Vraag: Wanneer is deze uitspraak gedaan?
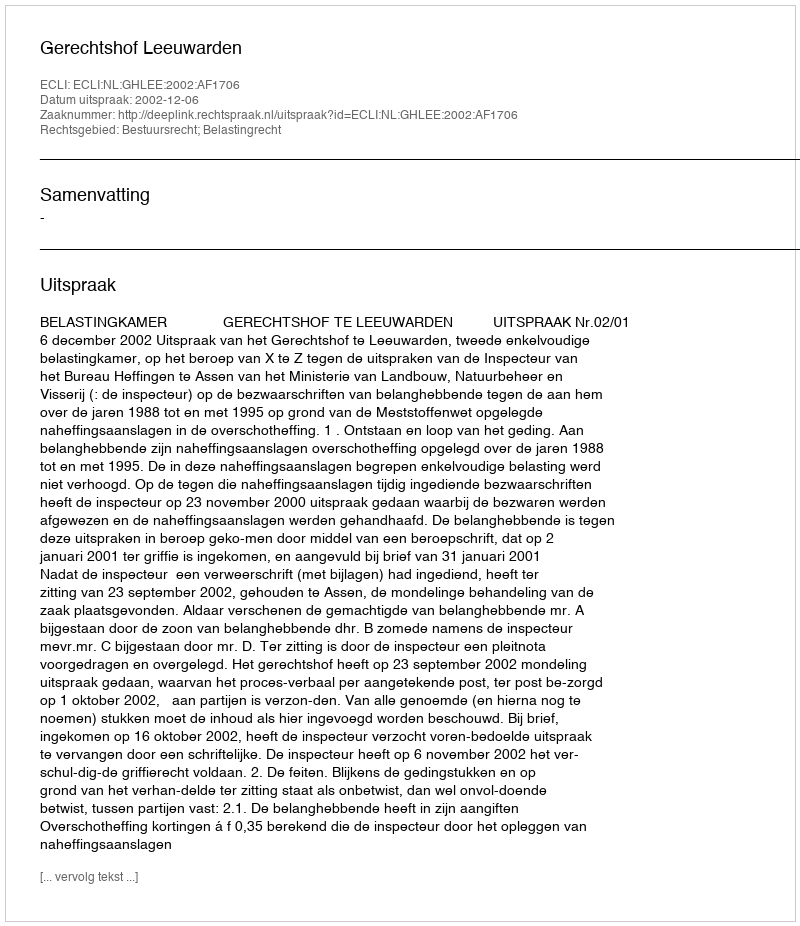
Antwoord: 2002-12-06